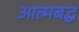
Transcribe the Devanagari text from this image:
आत्मबद्ध